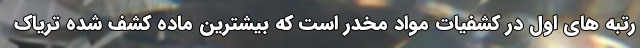
رتبه های اول در کشفیات مواد مخدر است که بیشترین ماده کشف شده تریاک